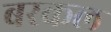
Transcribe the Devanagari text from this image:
बरकल